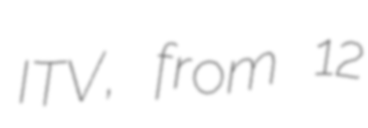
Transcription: ITV, from 12